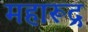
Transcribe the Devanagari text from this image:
महारूद्र